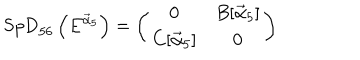
LaTeX: \mathrm { S p D } _ { 5 6 } \left( E ^ { { \vec { \alpha } } _ { 5 } } \right) = \left( \begin{matrix} { { { \bf 0 } } } & { { B [ { { \vec { \alpha } } _ { 5 } } ] } } \\ { { C [ { { \vec { \alpha } } _ { 5 } } ] } } & { { { \bf 0 } } } \\ \end{matrix} \right)